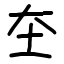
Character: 圶